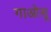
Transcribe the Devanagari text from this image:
गाओसू